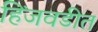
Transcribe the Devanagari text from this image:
हिंजवडीत